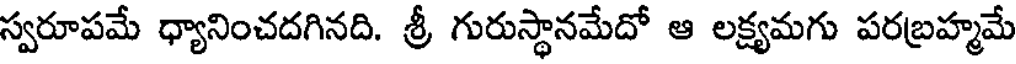
స్వరూపమే ధ్యానించదగినది. శ్రీ గురుస్థానమేదో ఆ లక్ష్యమగు పరబ్రహ్మమే